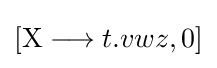
[\mathrm {X} \longrightarrow t.vwz,0]